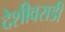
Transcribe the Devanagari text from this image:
देशीवराडी